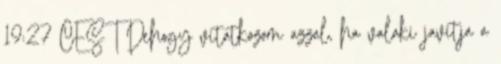
19:27 CEST Dehogy vitatkozom azzal, ha valaki javítja a